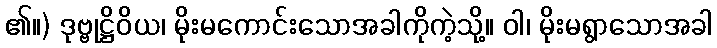
၏။) ဒုဗ္ဗုဋ္ဌိဝိယ၊ မိုးမကောင်းသောအခါကိုကဲ့သို့။ ဝါ၊ မိုးမရွာသောအခါ